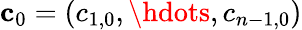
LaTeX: \mathbf{c}_{0}=(c_{1,0},\hdots,c_{n-1,0})